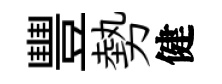
豐勢健